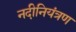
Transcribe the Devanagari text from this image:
नदीनियंत्रण